Document type: Barter
Year: 1304
Scribe: Pere Pometa
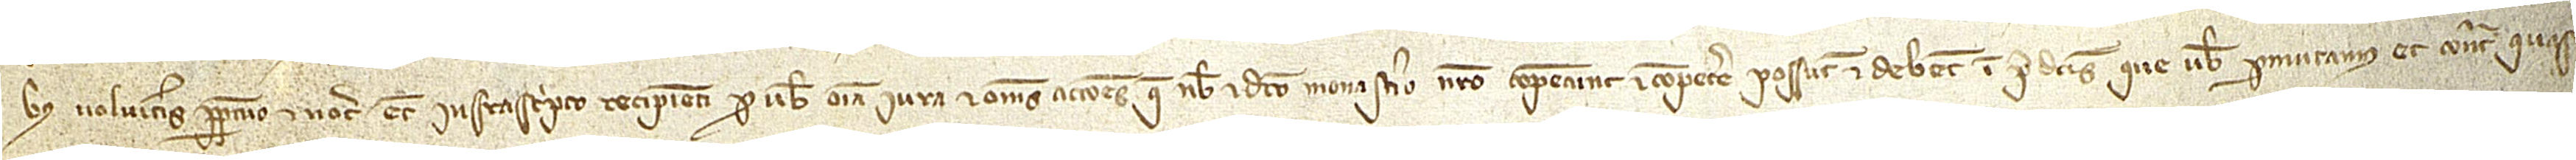
bus volueritis perpetuo et notario etiam infrascripto recipienti pro vobis omnia iura et omnes acciones que nobis et dicto monasterio nostro competunt et competere possunt et debent in predictis que vobis permutamus et contra quas-